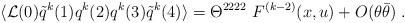
LaTeX: \begin{align*} \langle {\cal L}(0) \tilde q^k(1) q^k(2) q^k(3) \tilde q^k(4) \rangle = \Theta^{2222} \ F^{(k-2)} (x,u) + O(\theta\bar\theta)\;.\end{align*}